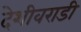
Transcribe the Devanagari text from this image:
देशीवराडी